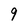
Character: 9